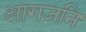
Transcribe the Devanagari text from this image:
आगजनि